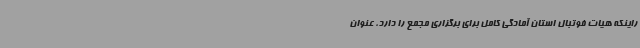
راینکه هیات فوتبال استان آمادگی کامل برای برگزاری مجمع را دارد، عنوان